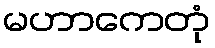
မဟာကေတုံ